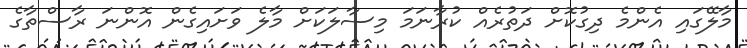
މާލޭގައި އެންމެ ދިގުކޮށް ދަތުރެއް ކުރާނަމަ މިސާލަކަށް މާލެ ވަށައިގެން އޮންނަ ރާސްތާގެ